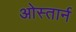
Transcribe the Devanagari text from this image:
ओस्तार्न